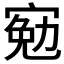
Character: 𡩄